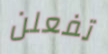
تفعلن